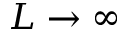
L \rightarrow \infty